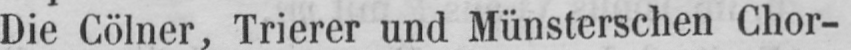
Die Cölner, Trierer und Münsterschen Chor-